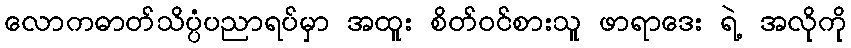
လောကဓာတ်သိပ္ပံပညာရပ်မှာ အထူး စိတ်ဝင်စားသူ ဖာရာဒေး ရဲ့ အလိုကို